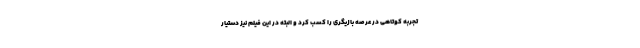
تجربه کوتاهی در عرصه بازیگری را کسب کرد و البته در این فیلم نیز دستیار